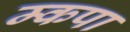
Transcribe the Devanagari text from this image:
म्कपा